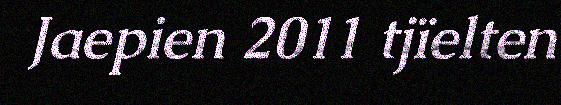
Jaepien 2011 tjïelten